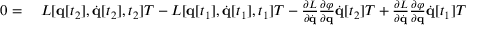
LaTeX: \begin{array} { r l } { 0 = { } } & { { } L [ \mathbf { q } [ t _ { 2 } ] , { \dot { \mathbf { q } } } [ t _ { 2 } ] , t _ { 2 } ] T - L [ \mathbf { q } [ t _ { 1 } ] , { \dot { \mathbf { q } } } [ t _ { 1 } ] , t _ { 1 } ] T - { \frac { \partial L } { \partial { \dot { \mathbf { q } } } } } { \frac { \partial \varphi } { \partial \mathbf { q } } } { \dot { \mathbf { q } } } [ t _ { 2 } ] T + { \frac { \partial L } { \partial { \dot { \mathbf { q } } } } } { \frac { \partial \varphi } { \partial \mathbf { q } } } { \dot { \mathbf { q } } } [ t _ { 1 } ] T } \end{array}